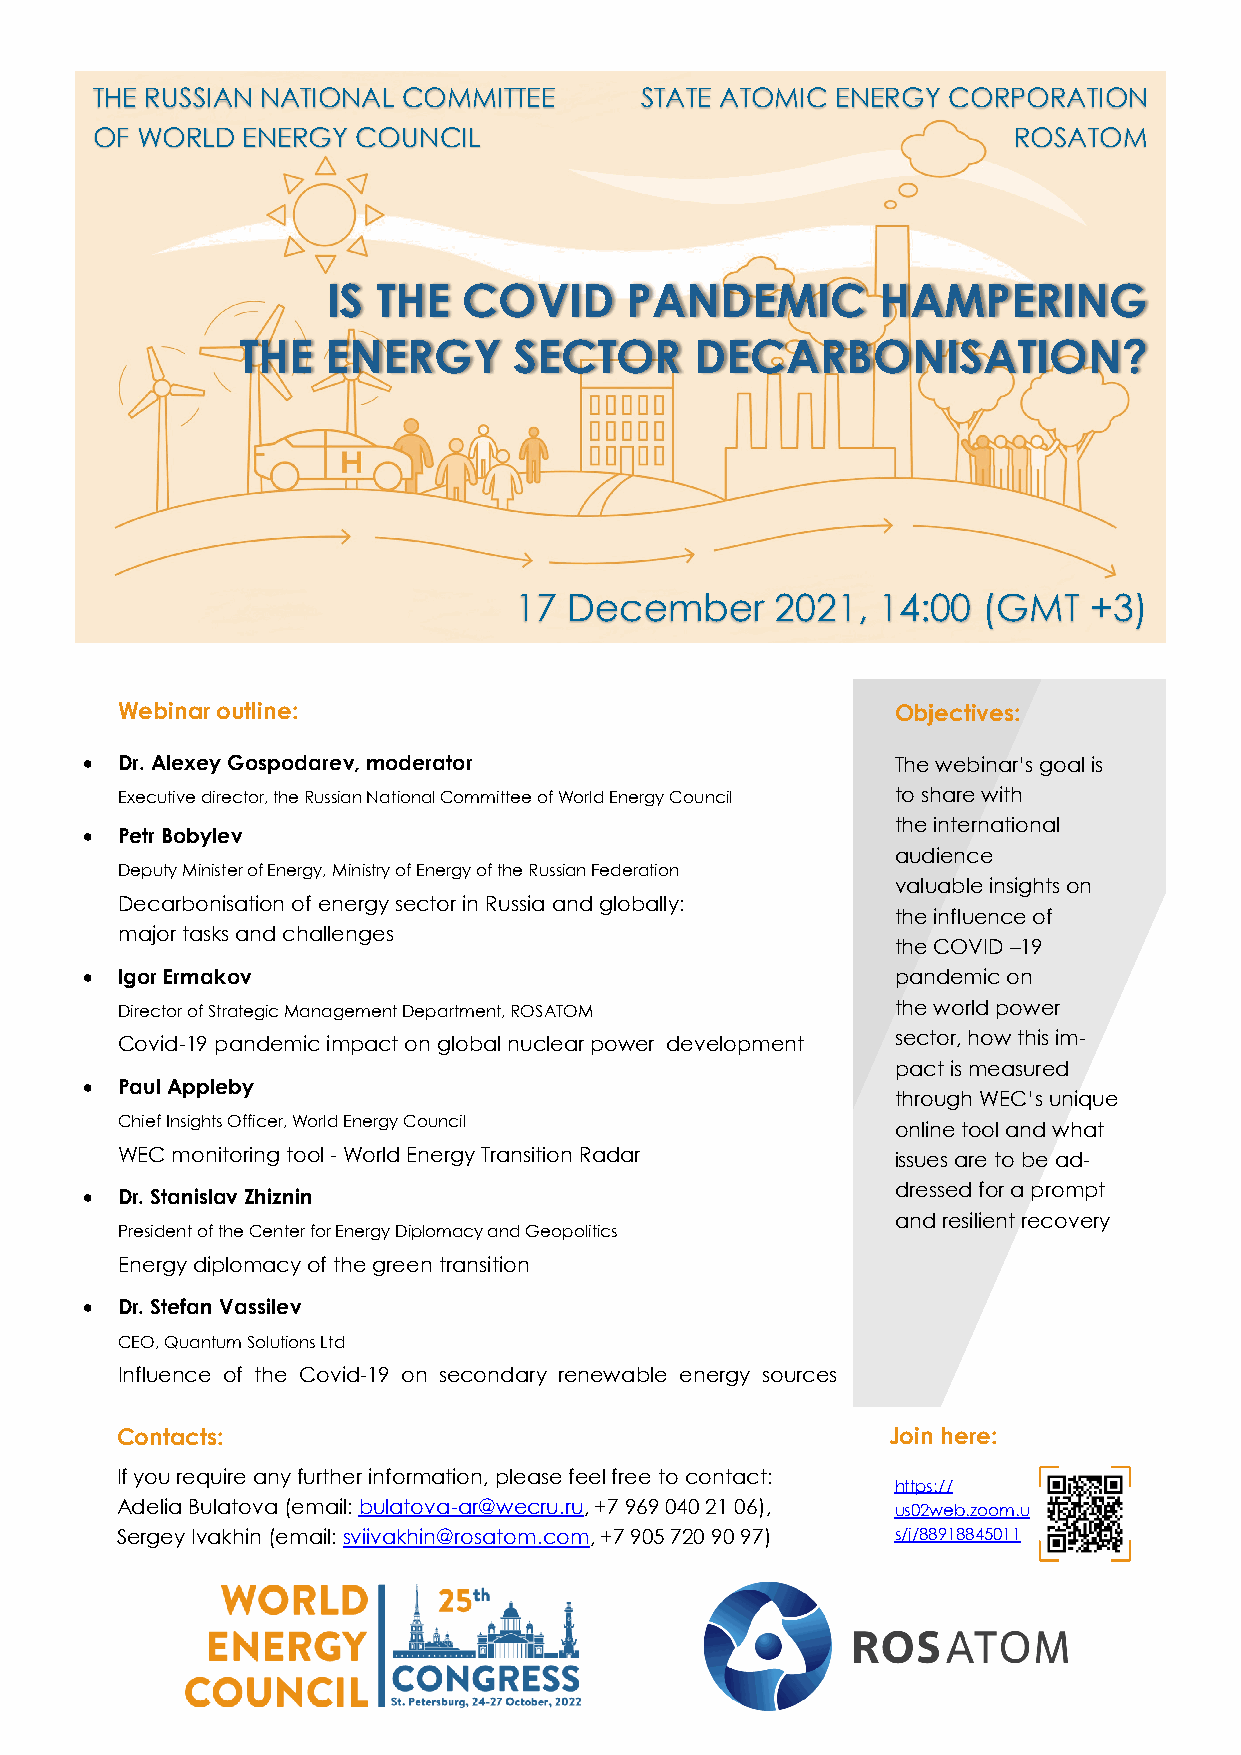
THE RUSSIAN NATIONAL COMMITTEE      STATE ATOMIC ENERGY  CORPORATION
 OF WORLD  ENERGY  COUNCIL                                    ROSATOM
 IS THE   COVID      PANDEMIC        HAMPERING
 THE   ENERGY      SECTOR      DECARBONISATION?
 17  December     2021,  14:00  (GMT   +3)
 Webinar outline:                                   Objectives:
   Dr. Alexey Gospodarev, moderator                   The webinar’s goal is
 Executive director, the Russian National Committee of World Energy Council to share with
 the international
   Petr Bobylev
 audience
 Deputy Minister of Energy, Ministry of Energy of the Russian Federation
 valuable insights on
 Decarbonisation of energy sector in Russia and globally:
 the influence of
 major tasks and challenges
 the COVID –19
   Igor Ermakov                                       pandemic on
 Director of Strategic Management Department, ROSATOM the world power
 Covid-19 pandemic impact on global nuclear power development sector, how this im-
 pact is measured
   Paul Appleby
 through WEC’s unique
 Chief Insights Officer, World Energy Council       online tool and what
 WEC monitoring tool - World Energy Transition Radar issues are to be ad-
 dressed for a prompt
   Dr. Stanislav Zhiznin
 and resilient recovery
 President of the Center for Energy Diplomacy and Geopolitics
 Energy diplomacy of the green transition
   Dr. Stefan Vassilev
 CEO, Quantum Solutions Ltd
 Influence of the Covid-19 on secondary renewable energy sources
 Contacts:                                          Join here:
 If you require any further information, please feel free to contact:
 https://
 Adelia Bulatova (email: bulatova-ar@wecru.ru, +7 969 040 21 06), us02web.zoom.u
 Sergey Ivakhin (email: sviivakhin@rosatom.com, +7 905 720 90 97) s/j/88918845011